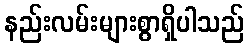
နည်းလမ်းများစွာရှိပါသည်